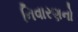
નિવારણનો